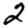
Digit: 2